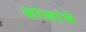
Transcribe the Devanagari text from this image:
कोशांचे